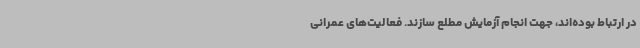
در ارتباط بوده‌اند، جهت انجام آزمایش مطلع سازند. فعالیت‌های عمرانی